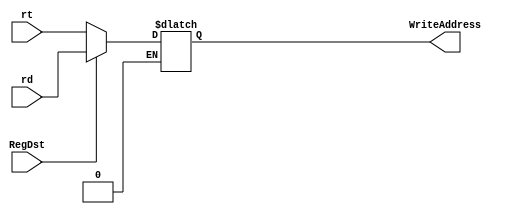
`timescale 1ns / 1ps


module RegWriteAddressSelector(
    output [4:0] WriteAddress,
    input [4:0] rt,
    input [4:0] rd,
    input RegDst
    );
	 
	 
	 reg [4:0]tempWriteAddress;
	 
	 always@(*)
	begin
		 if(RegDst == 0)
		 begin
		   tempWriteAddress = rt;
		 end
		 else if(RegDst == 1)
		 begin
		   tempWriteAddress = rd;
		 end
	end


  assign WriteAddress = tempWriteAddress;

endmodule